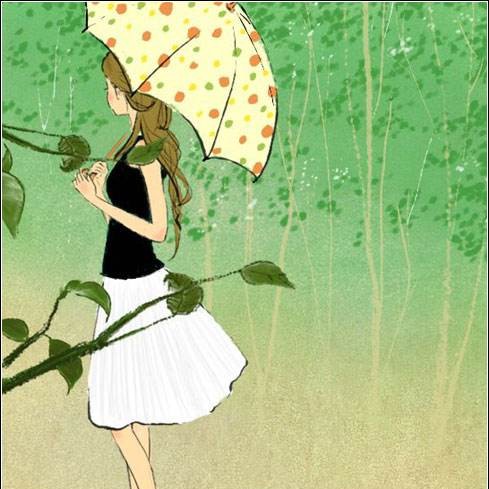
小快害义，小慧害道，小辨害治，苟心伤德。